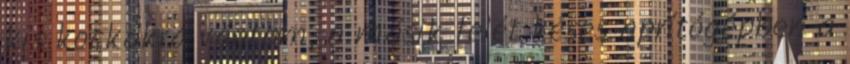
kis kockákra vágtam, a másik felét késes aprítógépben a